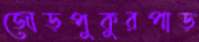
জোড়পুকুরপাড়